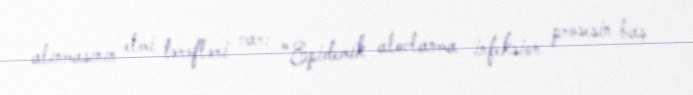
alınmasının elmi tərəfləri var: "Epidemik alovlanma infeksion prosesin baş